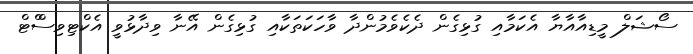
ސޯޝަލް މީޑިއާއާޔާ އެކަމާއި ގުޅިގެން ދެކެވެމުންދާ ވާހަކަތަކާއި ގުޅިގެން އޭނާ ވިދާޅުވީ އެކްޓިވިސްްޓް